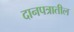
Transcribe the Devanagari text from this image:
दानपत्रातील